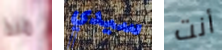
منذ سيدي أنت